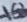
Text: 10